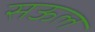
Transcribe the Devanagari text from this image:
सऊल